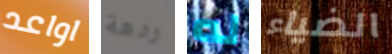
اواعد ردهة له الضياء